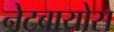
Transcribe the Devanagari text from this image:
नेटबायोस